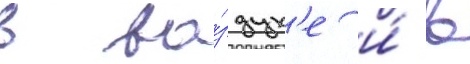
в во́здух'е и́ в